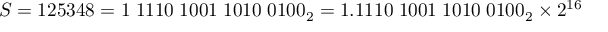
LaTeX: S = 1 2 5 3 4 8 = 1 \; 1 1 1 0 \; 1 0 0 1 \; 1 0 1 0 \; 0 1 0 0 _ { 2 } = 1 . 1 1 1 0 \; 1 0 0 1 \; 1 0 1 0 \; 0 1 0 0 _ { 2 } \times 2 ^ { 1 6 }